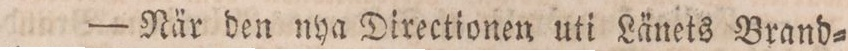
— När den nya Directionen uti Länets Brand=